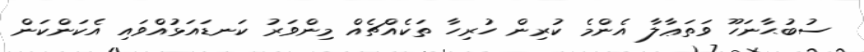
ސުބުޙާނަހޫ ވަތަޢާލާ އެންމެ ކުރިން ހުރިހާ ތަކެއްޗެއް މިންވަރު ކަނޑައަޅުއްވައި އެކަންކަން